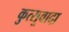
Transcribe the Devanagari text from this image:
कुत्सूवादा